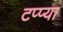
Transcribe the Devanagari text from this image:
टप्प्या